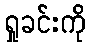
ရှုခင်းကို